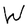
Character: W